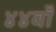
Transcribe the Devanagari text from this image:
४४वाँ